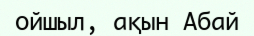
ойшыл, ақын Абай